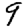
Digit: 9